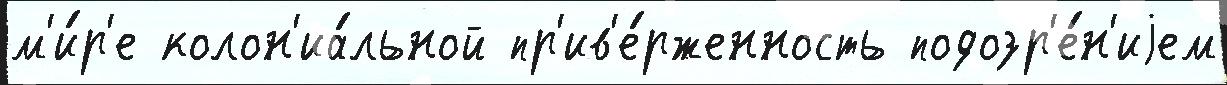
м'и́р'е колон'иа́льной пр'ив'е́рженность подозр'е́н'иjем